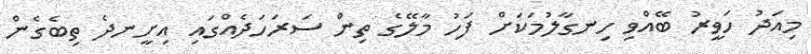
މިއަދު ހަވީރު ބޭއްވި ހިނގާލުމަކަށް ފަހު މާލޭގެ ތިން ސަރަހަދެއްގައި އިށީނދެ ތިބެގެން